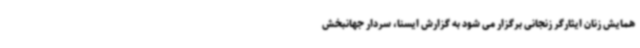
همایش زنان ایثارگر زنجانی برگزار می شود به گزارش ایسنا، سردار جهانبخش